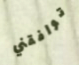
توافقني